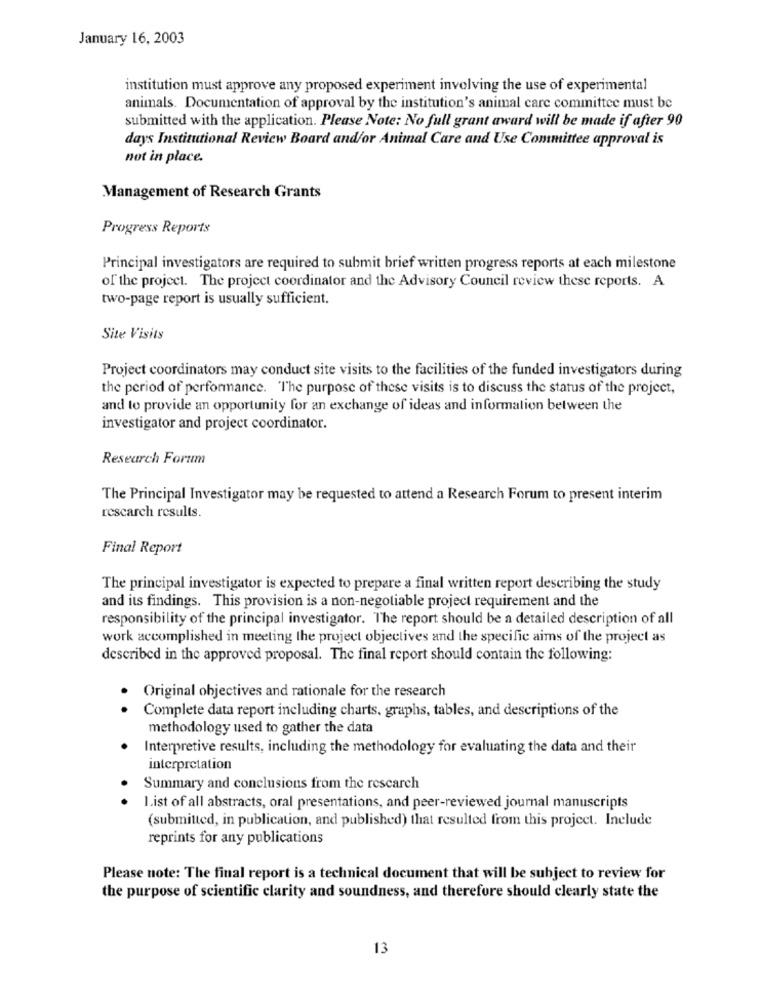
January 16, 2003
institution must approve any proposed experiment involving the use of experimental
animals. Documentation of approval by the institution's animal care committee must be
submitted with the application. Please Note: No full grant award will be made if after 90
days Institutional Review Board and/or Animal Care and Use Committee approval is
not in place.
Management of Research Grants
Progress Reports
Principal investigators are required to submit brief written progress reports at each milestone
of the project. The project coordinator and the Advisory Council review these reports. A
two-page report is usually sufficient.
Site Visits
Project coordinators may conduct site visits to the facilities of the funded investigators during
the period of performance. "The purpose of these visits is to discuss the status of the project,
and to provide an opportunity for an exchange of ideas and information between the
investigator and project coordinator.
Research Forum
The Principal Investigator may be requested to attend a Research Forum to present interim
rescarch results.
Final Report
The principal investigator is expected to prepare a final written report describing the study
and its findings. This provision is a non-negotiable project requirement and the
responsibility of the principal investigator. The report should be a detailed description of all
work accomplished in meeting the project objectives and the specific aims of the project as
described in the approved proposal. The final report should contain the following:
Original objectives and rationale for the research
Complete data report including charts, graphs, tables, and descriptions of the
methodology used to gather the data
Interpretive results, including the methodology for evaluating the data and their
interpretation
Summary and conclusions from the research
list of all abstracts, oral presentations, and peer-reviewed journal manuscripts
(submitted, in publication, and published) that resulted from this project. Include
reprints for any publications
Please note: The final report is a technical document that will be subject to review for
the purpose of scientific clarity and soundness, and therefore should clearly state the
13